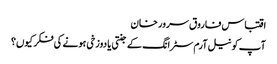
اقتباس فاروق سرور خان
آپ کو نیل آرم سٹرانگ کے جنتی یا دوزخی ہونے کی فکر کیوں؟